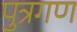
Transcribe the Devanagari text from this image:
पुत्रगण